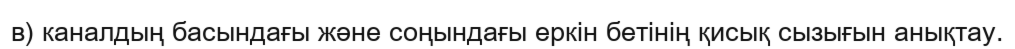
в) каналдың басындағы және соңындағы еркін бетінің қисық сызығын анықтау.